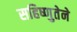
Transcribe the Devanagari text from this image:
सहिष्णुतेने